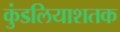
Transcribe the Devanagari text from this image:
कुंडलियाशतक